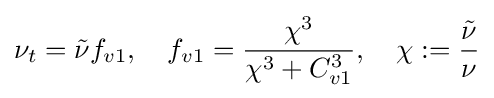
\nu _{t}={\tilde {\nu }}f_{v1},\quad f_{v1}={\frac {\chi ^{3}}{\chi ^{3}+C_{v1}^{3}}},\quad \chi :={\frac {\tilde {\nu }}{\nu }}